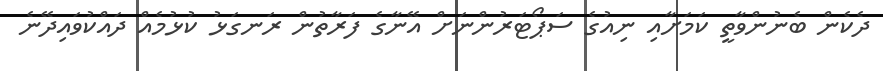
ދެކެން ބެނުންވާތީ ކަމަށާއި ނިއުގެ ސަޕޯޓަރުންނަށް އޭނާގެ ފަރާތުން ރަނގަޅު ކުޅުމެއް ދައްކުވައިދޭނެ